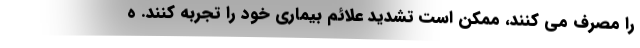
را مصرف می کنند، ممکن است تشدید علائم بیماری خود را تجربه کنند. ه